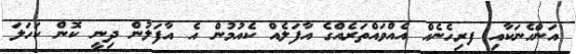
އަންހެނަކާއި ފރިހެނެއް އެއްވައްތަރެއްގެ އާފަލެއް ކެއުމުން އެ އާފަލުން ދިނީ ކޮން ކަހަލަ